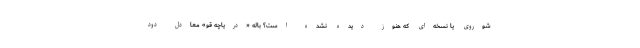
شوروی یا نسخه‌ای که هنوز دیده نشده است؟ باله «دریاچه قو» معادل دود